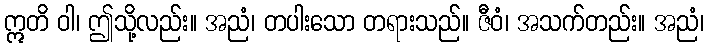
ဣတိ ဝါ၊ ဤသို့လည်း။ အညံ၊ တပါးသော တရားသည်။ ဇီဝံ၊ အသက်တည်း။ အညံ၊